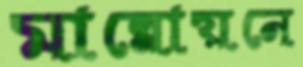
মান্নোয়নে